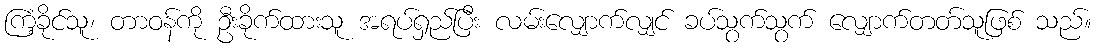
ကြံ့ခိုင်သူ၊ တာဝန်ကို ဦးခိုက်ထားသူ အရပ်ရှည်ပြီး လမ်းလျှောက်လျှင် ခပ်သွက်သွက် လျှောက်တတ်သူဖြစ် သည်။